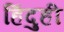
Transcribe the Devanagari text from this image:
हिंदुही